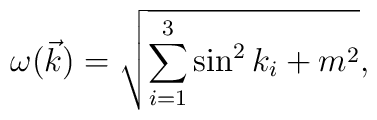
\omega(\vec{k})=\sqrt{\sum_{i=1}^{3}\sin^2k_i+m^2},